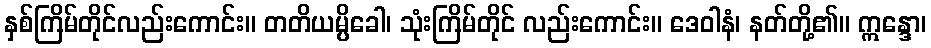
နှစ်ကြိမ်တိုင်လည်းကောင်း။ တတိယမ္ပိခေါ၊ သုံးကြိမ်တိုင် လည်းကောင်း။ ဒေဝါနံ၊ နတ်တို့၏။ ဣန္ဒော၊